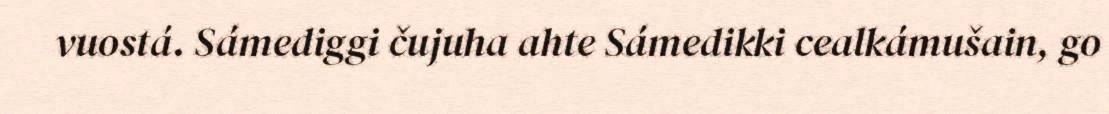
vuostá. Sámediggi čujuha ahte Sámedikki cealkámušain, go